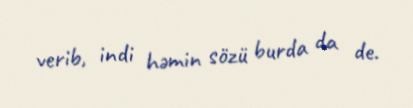
verib, indi həmin sözü burda da de.